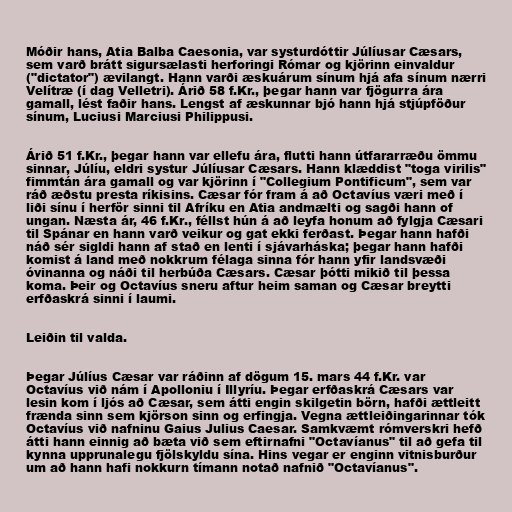
Móðir hans, Atia Balba Caesonia, var systurdóttir Júlíusar Cæsars,
sem varð brátt sigursælasti herforingi Rómar og kjörinn einvaldur
("dictator") ævilangt. Hann varði æskuárum sínum hjá afa sínum nærri
Velítræ (í dag Velletri). Árið 58 f.Kr., þegar hann var fjögurra ára
gamall, lést faðir hans. Lengst af æskunnar bjó hann hjá stjúpföður
sínum, Luciusi Marciusi Philippusi.

Árið 51 f.Kr., þegar hann var ellefu ára, flutti hann útfararræðu ömmu
sinnar, Júlíu, eldri systur Júlíusar Cæsars. Hann klæddist "toga virilis"
fimmtán ára gamall og var kjörinn í "Collegium Pontificum", sem var
ráð æðstu presta ríkisins. Cæsar fór fram á að Octavíus væri með í
liði sínu í herför sinni til Afríku en Atia andmælti og sagði hann of
ungan. Næsta ár, 46 f.Kr., féllst hún á að leyfa honum að fylgja Cæsari
til Spánar en hann varð veikur og gat ekki ferðast. Þegar hann hafði
náð sér sigldi hann af stað en lenti í sjávarháska; þegar hann hafði
komist á land með nokkrum félaga sinna fór hann yfir landsvæði
óvinanna og náði til herbúða Cæsars. Cæsar þótti mikið til þessa
koma. Þeir og Octavíus sneru aftur heim saman og Cæsar breytti
erfðaskrá sinni í laumi.

Leiðin til valda.

Þegar Júlíus Cæsar var ráðinn af dögum 15. mars 44 f.Kr. var
Octavíus við nám í Apolloniu í Illyríu. Þegar erfðaskrá Cæsars var
lesin kom í ljós að Cæsar, sem átti engin skilgetin börn, hafði ættleitt
frænda sinn sem kjörson sinn og erfingja. Vegna ættleiðingarinnar tók
Octavíus við nafninu Gaius Julius Caesar. Samkvæmt rómverskri hefð
átti hann einnig að bæta við sem eftirnafni "Octavíanus" til að gefa til
kynna upprunalegu fjölskyldu sína. Hins vegar er enginn vitnisburður
um að hann hafi nokkurn tímann notað nafnið "Octavíanus".